Vaccination in Bombay 1863-1868 - 1863-1868
Year: 1863
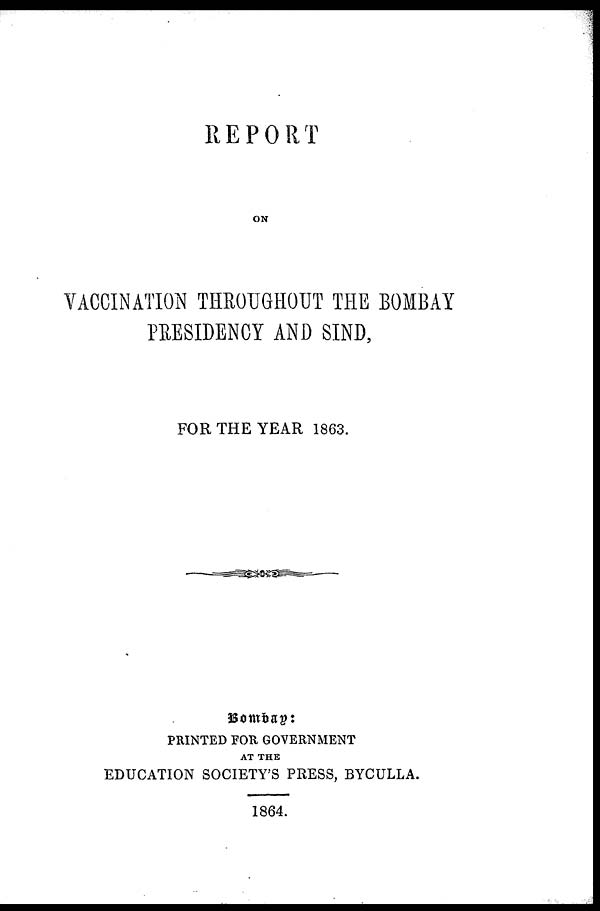
REPORT
ON
VACCINATION THROUGHOUT THE BOMBAY
PRESIDENCY AND SIND,
FOR THE YEAR 1863.
Bombay:
PRINTED FOR GOVERNMENT
AT THE
EDUCATION SOCIETY'S PRESS, BYCULLA.
1864.